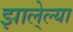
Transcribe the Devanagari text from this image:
झाले्ल्या